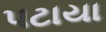
પટાયા